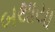
બથાયા